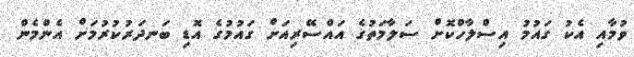
ވުމާއި އެކު ގައުމު އިސްލާހްކޮށް ސަލާމަތުގެ އައްސޭރިއަށް ގައުމުގެ އޮޑި ބަނދަރުކުރުމަށް އެންމެން